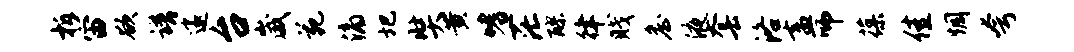
柝宙欲谱邃台崴苑滴圯奘黄嗜茫醪律贱詹液套洛盍师葆佳惆夸